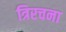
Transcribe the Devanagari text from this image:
त्रिरचना